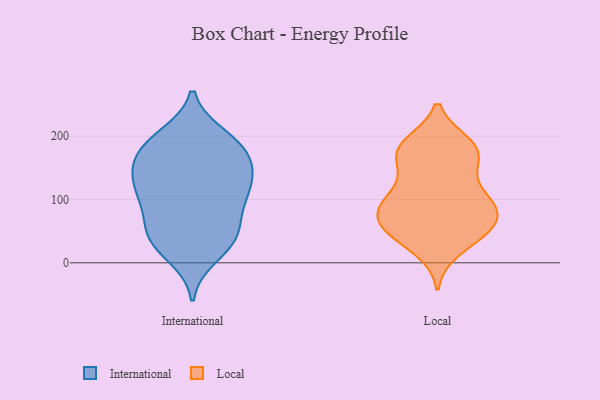
{"axis": {"x": "Humidity (%)", "y": "Value"}, "legend": ["International", "Local"], "data": [{"x": "", "y": 105, "type": "International"}, {"x": "", "y": 30, "type": "International"}, {"x": "", "y": 131, "type": "International"}, {"x": "", "y": 197, "type": "International"}, {"x": "", "y": 41, "type": "International"}, {"x": "", "y": 90, "type": "International"}, {"x": "", "y": 150, "type": "International"}, {"x": "", "y": 140, "type": "International"}, {"x": "", "y": 127, "type": "International"}, {"x": "", "y": 55, "type": "International"}, {"x": "", "y": 200, "type": "International"}, {"x": "", "y": 110, "type": "International"}, {"x": "", "y": 36, "type": "International"}, {"x": "", "y": 96, "type": "International"}, {"x": "", "y": 49, "type": "International"}, {"x": "", "y": 178, "type": "International"}, {"x": "", "y": 186, "type": "International"}, {"x": "", "y": 11, "type": "International"}, {"x": "", "y": 176, "type": "International"}, {"x": "", "y": 158, "type": "International"}, {"x": "", "y": 177, "type": "Local"}, {"x": "", "y": 53, "type": "Local"}, {"x": "", "y": 128, "type": "Local"}, {"x": "", "y": 49, "type": "Local"}, {"x": "", "y": 47, "type": "Local"}, {"x": "", "y": 83, "type": "Local"}, {"x": "", "y": 180, "type": "Local"}, {"x": "", "y": 186, "type": "Local"}, {"x": "", "y": 168, "type": "Local"}, {"x": "", "y": 96, "type": "Local"}, {"x": "", "y": 183, "type": "Local"}, {"x": "", "y": 165, "type": "Local"}, {"x": "", "y": 107, "type": "Local"}, {"x": "", "y": 48, "type": "Local"}, {"x": "", "y": 22, "type": "Local"}, {"x": "", "y": 101, "type": "Local"}, {"x": "", "y": 74, "type": "Local"}, {"x": "", "y": 75, "type": "Local"}, {"x": "", "y": 84, "type": "Local"}]}